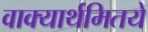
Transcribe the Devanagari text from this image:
वाक्यार्थमितये